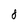
Character: 8